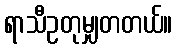
ရာသီဥတုမျှတတယ်။